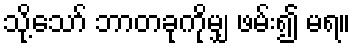
သို့သော် ဘာတခုကိုမျှ ဖမ်း၍ မရ။